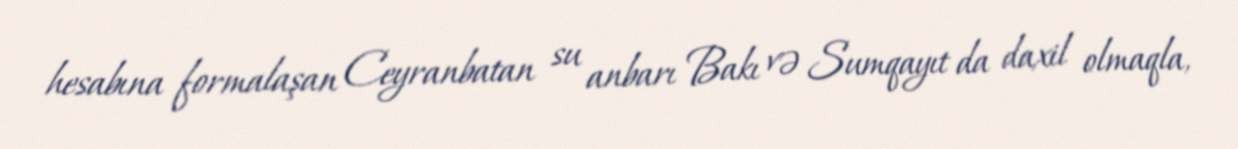
hesabına formalaşan Ceyranbatan su anbarı Bakı və Sumqayıt da daxil olmaqla,